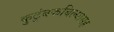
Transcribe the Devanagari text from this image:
कुटुंबकबिल्यासह